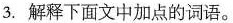
3.解释下面文中加点的词语。